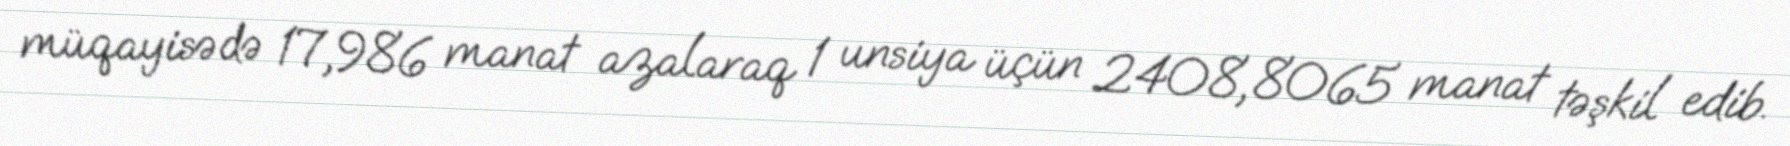
müqayisədə 17,986 manat azalaraq 1 unsiya üçün 2408, 8065 manat təşkil edib.